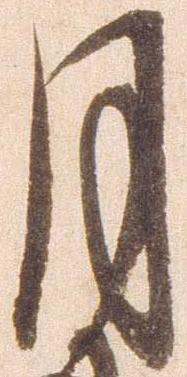
月